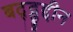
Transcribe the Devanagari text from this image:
बद्द्रुद्दीन